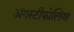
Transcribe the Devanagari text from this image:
अंगस्टीफोलिया